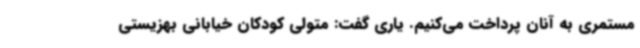
مستمری به آنان پرداخت می‌کنیم. یاری گفت: متولی کودکان خیابانی بهزیستی